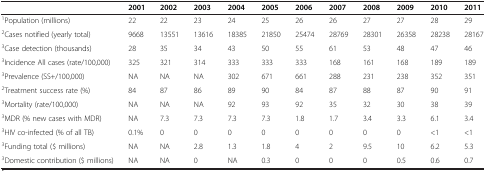
<table><thead><tr><td><b> </b></td><td><b>2001</b></td><td><b>2002</b></td><td><b>2003</b></td><td><b>2004</b></td><td><b>2005</b></td><td><b>2006</b></td><td><b>2007</b></td><td><b>2008</b></td><td><b>2009</b></td><td><b>2010</b></td><td><b>2011</b></td></tr></thead><tbody><tr><td><sup>1</sup>Population (millions)</td><td>22</td><td>22</td><td>23</td><td>24</td><td>25</td><td>26</td><td>26</td><td>27</td><td>27</td><td>28</td><td>29</td></tr><tr><td><sup>2</sup>Cases notified (yearly total)</td><td>9668</td><td>13551</td><td>13616</td><td>18385</td><td>21850</td><td>25474</td><td>28769</td><td>28301</td><td>26358</td><td>28238</td><td>28167</td></tr><tr><td><sup>3</sup>Case detection (thousands)</td><td>28</td><td>35</td><td>34</td><td>43</td><td>50</td><td>55</td><td>61</td><td>53</td><td>48</td><td>47</td><td>46</td></tr><tr><td><sup>3</sup>Incidence All cases (rate/100,000)</td><td>325</td><td>321</td><td>314</td><td>333</td><td>333</td><td>333</td><td>168</td><td>161</td><td>168</td><td>189</td><td>189</td></tr><tr><td><sup>3</sup>Prevalence (SS+/100,000)</td><td>NA</td><td>NA</td><td>NA</td><td>302</td><td>671</td><td>661</td><td>288</td><td>231</td><td>238</td><td>352</td><td>351</td></tr><tr><td><sup>2</sup>Treatment success rate (%)</td><td>84</td><td>87</td><td>86</td><td>89</td><td>90</td><td>84</td><td>87</td><td>88</td><td>87</td><td>90</td><td>91</td></tr><tr><td><sup>3</sup>Mortality (rate/100,000)</td><td>NA</td><td>NA</td><td>NA</td><td>92</td><td>93</td><td>92</td><td>35</td><td>32</td><td>30</td><td>38</td><td>39</td></tr><tr><td><sup>3</sup>MDR (% new cases with MDR)</td><td>NA</td><td>7.3</td><td>7.3</td><td>7.3</td><td>7.3</td><td>1.8</td><td>1.7</td><td>3.4</td><td>3.3</td><td>6.1</td><td>3.4</td></tr><tr><td><sup>3</sup>HIV co-infected (% of all TB)</td><td>0.1%</td><td>0</td><td>0</td><td>0</td><td>0</td><td>0</td><td>0</td><td>0</td><td>0</td><td>&lt;1</td><td>&lt;1</td></tr><tr><td><sup>3</sup>Funding total ($ millions)</td><td>NA</td><td>NA</td><td>2.8</td><td>1.3</td><td>1.8</td><td>4</td><td>2</td><td>9.5</td><td>10</td><td>6.2</td><td>5.3</td></tr><tr><td><sup>3</sup>Domestic contribution ($ millions)</td><td>NA</td><td>NA</td><td>0</td><td>NA</td><td>0.3</td><td>0</td><td>0</td><td>0</td><td>0.5</td><td>0.6</td><td>0.7</td></tr></tbody></table>